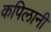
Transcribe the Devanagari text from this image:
कपिलानी